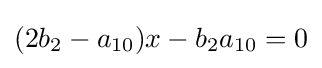
(2b_{2}-a_{10})x-b_{2}a_{10}=0